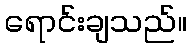
ရောင်းချသည်။